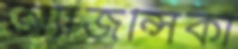
অ্যাজন্সিকা